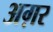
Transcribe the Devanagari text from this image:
अग़र